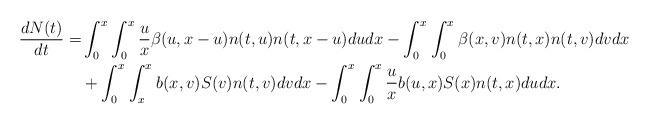
LaTeX: \begin{align*}\frac{d N(t)}{dt} =& \int_0^{x_{}} \int_0^x \frac{u}{x} \beta(u,x-u)n(t,u)n(t,x-u) du dx - \int_0^{x_{}} \int_0^{x_{}} \beta(x,v)n(t,x)n(t,v) dv dx \\&+ \int_{0}^{x_{}} \int_{x}^{x_{}} b(x,v) S(v) n(t,v) dv dx- \int_{0}^{x_{}}\int_0^x \frac{u}{x} b(u,x) S(x) n(t,x) du dx.\end{align*}